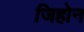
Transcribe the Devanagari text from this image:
जिहोन